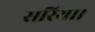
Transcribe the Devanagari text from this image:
सरिया।